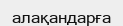
алақандарға